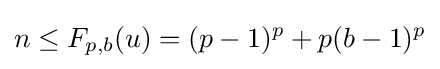
n\leq F_{p,b}(u)=(p-1)^{p}+p(b-1)^{p}